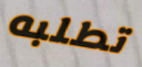
تطلبه